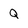
Character: Q